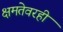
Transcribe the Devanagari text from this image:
क्षमतेवरही